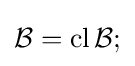
{\mathcal {B}}=\operatorname {cl} {\mathcal {B}};